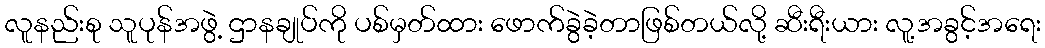
လူနည်းစု သူပုန်အဖွဲ့ ဌာနချုပ်ကို ပစ်မှတ်ထား ဖောက်ခွဲခဲ့တာဖြစ်တယ်လို့ ဆီးရီးယား လူ့အခွင့်အရေး